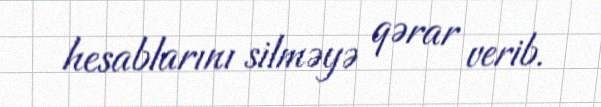
hesablarını silməyə qərar verib.